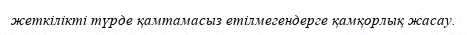
жеткілікті түрде қамтамасыз етілмегендерге қамқорлық жасау.